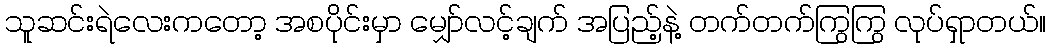
သူဆင်းရဲလေးကတော့ အစပိုင်းမှာ မျှော်လင့်ချက် အပြည့်နဲ့ တက်တက်ကြွကြွ လုပ်ရှာတယ်။